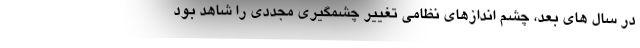
در سال های بعد، چشم اندازهای نظامی تغییر چشمگیری مجددی را شاهد بود